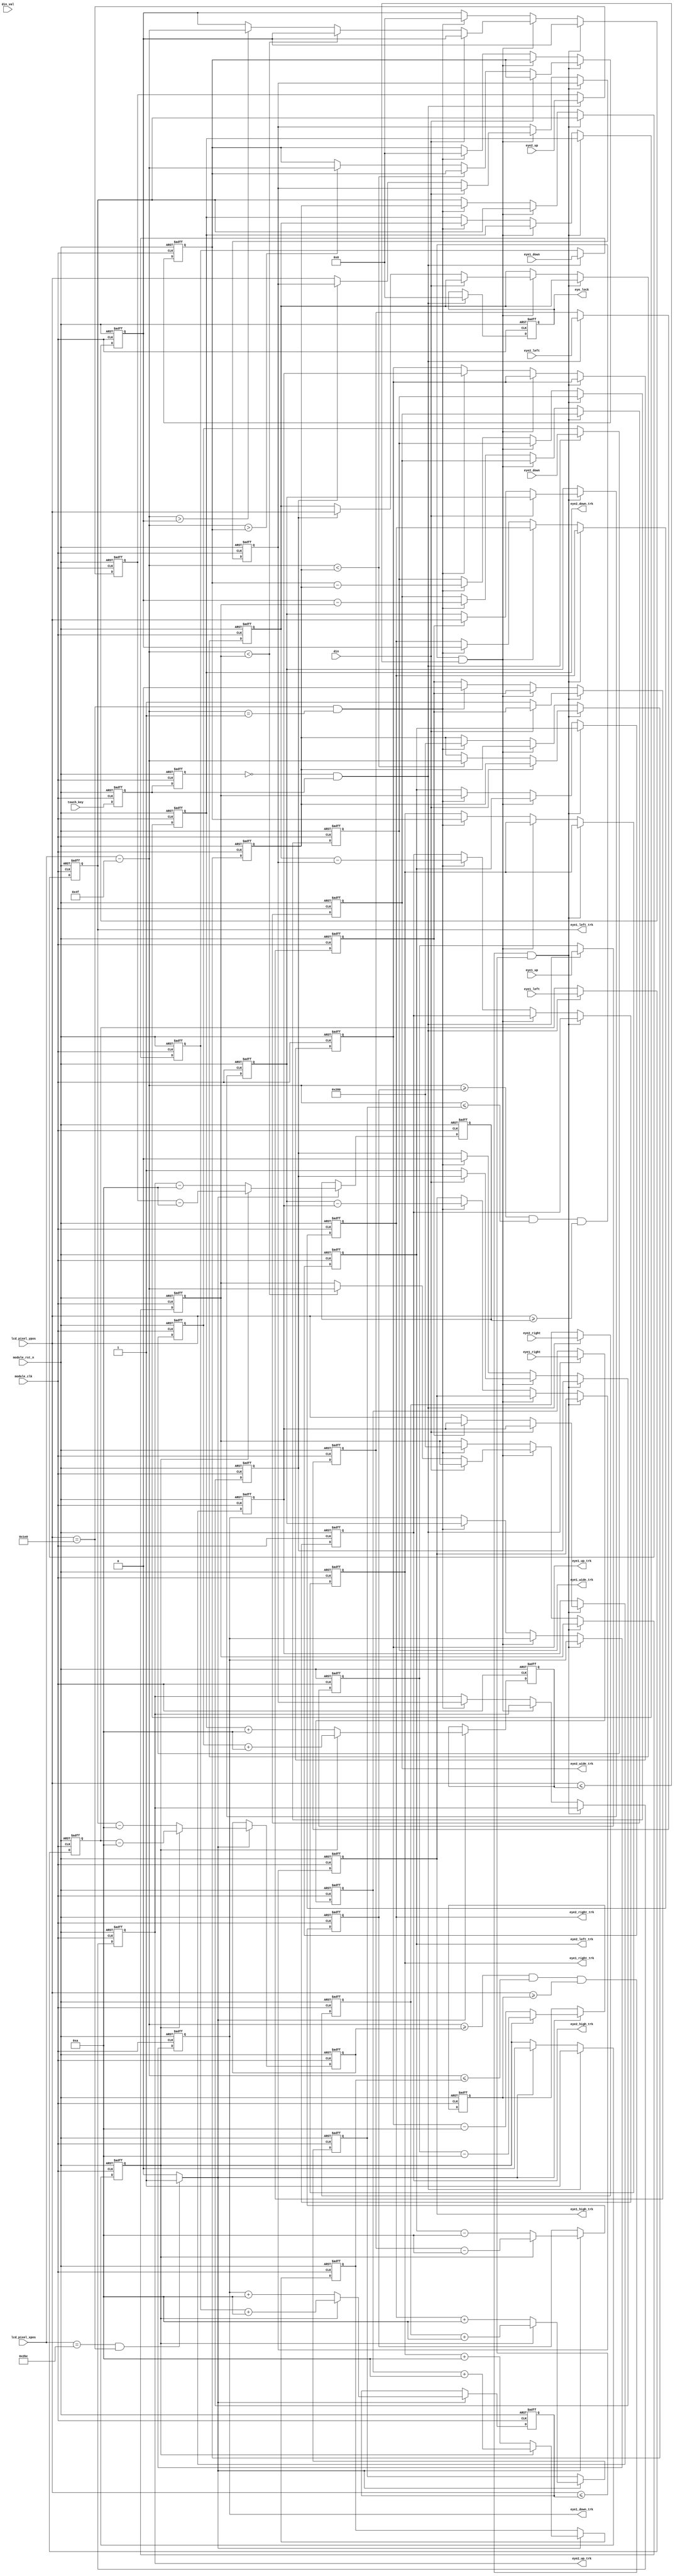
module eye_track(
    input module_clk                ,          //模块工作时钟
    input module_rst_n              ,          //模块复位时钟
    
    input touch_key                 ,          //触摸按键     
    input din_val                   ,          //数据有效信号
    input din                       ,          //输入数据
    
    input [10:0] lcd_pixel_xpos     ,          //像素点在lcd屏幕上的横坐标
    input [10:0] lcd_pixel_ypos     ,          //像素点在lcd屏幕上的纵坐标  

    input  [10:0] eye1_up           ,          //眼睛上边界
    input  [10:0] eye1_down         ,          //眼睛下边界 
    input  [10:0] eye1_left         ,          //眼睛左边界
    input  [10:0] eye1_right        ,          //眼睛左边界

    input  [10:0] eye2_up           ,          //眼睛上边界
    input  [10:0] eye2_down         ,          //眼睛下边界    
    input  [10:0] eye2_left         ,          //眼睛左边界
    input  [10:0] eye2_right        ,          //眼睛左边界
    
    output  reg  [10:0]        eye_lock      ,

    //跟踪结果
    output reg [10:0] eye1_up_trk                   ,          //眼睛上边界
    output reg [10:0] eye1_down_trk                 ,          //眼睛下边界 
    output reg [10:0] eye1_left_trk                 ,          //眼睛左边界
    output reg [10:0] eye1_right_trk                ,          //眼睛左边界

    output reg [10:0] eye2_up_trk                   ,          //眼睛上边界
    output reg [10:0] eye2_down_trk                 ,          //眼睛下边界    
    output reg [10:0] eye2_left_trk                 ,          //眼睛左边界
    output reg [10:0] eye2_right_trk                ,          //眼睛左边界   
    
    output  reg[10:0] eye1_high_trk                ,
    output  reg[10:0] eye2_high_trk                ,  
    output  reg[10:0] eye1_wide_trk                ,
    output  reg[10:0] eye2_wide_trk                
    );
reg             eye1_up_get     ;
reg             eye2_up_get     ;    
    
wire [10:0]      px_x    ;          //像素在显示区域的横坐标
wire [10:0]      px_y    ;           //像素在显示区域的纵坐标

wire   image_end  ;           //一帧结束标志
wire   touch_en;

reg    fisrt_time   ;           //第一次跟踪标志，表示需要使用_first坐标

reg    touch_key_d0;
reg    touch_key_d1;



//起始跟踪坐标
reg [10:0]     eye1_up_trk_first    ;         //眼睛上边界
reg [10:0]   eye1_down_trk_first    ;         //眼睛下边界 
reg [10:0]   eye1_left_trk_first    ;         //眼睛左边界
reg [10:0]  eye1_right_trk_first    ;         //眼睛左边界
reg [10:0]     eye2_up_trk_first    ;         //眼睛上边界
reg [10:0]   eye2_down_trk_first    ;         //眼睛下边界    
reg [10:0]   eye2_left_trk_first    ;         //眼睛左边界
reg [10:0]  eye2_right_trk_first    ;         //眼睛左边界
 
//预测下一帧跟踪坐标
reg [10:0]     eye1_up_trk_next    ;         //眼睛上边界
reg [10:0]   eye1_down_trk_next    ;         //眼睛下边界 
reg [10:0]   eye1_left_trk_next    ;         //眼睛左边界
reg [10:0]  eye1_right_trk_next    ;         //眼睛左边界
reg [10:0]     eye2_up_trk_next    ;         //眼睛上边界
reg [10:0]   eye2_down_trk_next    ;         //眼睛下边界    
reg [10:0]   eye2_left_trk_next    ;         //眼睛左边界
reg [10:0]  eye2_right_trk_next    ;         //眼睛左边界   

//当前帧眼睛跟踪坐标中间值
reg [10:0]     eye1_up_trk_tmp    ;         //眼睛上边界
reg [10:0]   eye1_down_trk_tmp    ;         //眼睛下边界 
reg [10:0]   eye1_left_trk_tmp    ;         //眼睛左边界
reg [10:0]  eye1_right_trk_tmp    ;         //眼睛左边界
reg [10:0]     eye2_up_trk_tmp    ;         //眼睛上边界
reg [10:0]   eye2_down_trk_tmp    ;         //眼睛下边界    
reg [10:0]   eye2_left_trk_tmp    ;         //眼睛左边界
reg [10:0]  eye2_right_trk_tmp    ;         //眼睛左边界

//判断帧起与始
assign image_end = ( lcd_pixel_xpos == 700 && lcd_pixel_ypos == 480 ) ? 1'd1 : 1'd0     ;         

//根据按键信号的上升沿判断按下了按键
assign  touch_en = (~touch_key_d1) & touch_key_d0;

//计算像素在图像中的坐标
assign  px_x = lcd_pixel_xpos - 79  ;
assign  px_y = lcd_pixel_ypos       ;


always @ (posedge module_clk or negedge module_rst_n) begin
    if(module_rst_n == 1'b0) begin
        touch_key_d0 <= 1'b0;
        touch_key_d1 <= 1'b0;
    end
    else begin
        touch_key_d0 <= touch_key;
        touch_key_d1 <= touch_key_d0;
    end 
end


//按键按下，确定起始跟踪坐标
always @ (posedge module_clk or negedge module_rst_n) begin
    if(module_rst_n == 1'b0) begin
                    eye_lock <= 1'b11111111111    ;
           eye1_up_trk_first <= 11'd0   ;
         eye1_down_trk_first <= 11'd0   ;
         eye1_left_trk_first <= 11'd0   ;
        eye1_right_trk_first <= 11'd0   ;
           eye2_up_trk_first <= 11'd0   ;
         eye2_down_trk_first <= 11'd0   ;
         eye2_left_trk_first <= 11'd0   ;
        eye2_right_trk_first <= 11'd0   ; 
                  fisrt_time <= 1'd0    ; 
    end
    else if(touch_en)begin
        eye_lock <= 1'd0    ;
           eye1_up_trk_first <= eye1_up      ;
         eye1_down_trk_first <= eye1_down    ;
         eye1_left_trk_first <= eye1_left    ;
        eye1_right_trk_first <= eye1_right   ;     
           eye2_up_trk_first <= eye2_up      ;
         eye2_down_trk_first <= eye2_down    ;
         eye2_left_trk_first <= eye2_left    ;
        eye2_right_trk_first <= eye2_right   ;
                  fisrt_time <= 1'b1    ; 
    end 
    else if(image_end) begin
        fisrt_time <= 1'b0    ; 
    end
end

always @ (posedge module_clk or negedge module_rst_n) begin
    if(module_rst_n == 1'b0) begin
           eye1_up_trk_next <= 11'd0    ;
         eye1_down_trk_next <= 11'd0    ;
         eye1_left_trk_next <= 11'd0    ;
        eye1_right_trk_next <= 11'd0    ;
           eye2_up_trk_next <= 11'd0    ;
         eye2_down_trk_next <= 11'd0    ;
         eye2_left_trk_next <= 11'd0    ;
        eye2_right_trk_next <= 11'd0    ;
        
    end
    
    //每帧结束时确定下一帧跟踪坐标
    else if(image_end) begin
        if(fisrt_time)begin
               eye1_up_trk_next <=    eye1_up_trk_first - 11'd10    ;
             eye1_down_trk_next <=  eye1_down_trk_first + 11'd10    ;
             eye1_left_trk_next <=  eye1_left_trk_first - 11'd10    ;
            eye1_right_trk_next <= eye1_right_trk_first + 11'd10    ;
               eye2_up_trk_next <=    eye2_up_trk_first - 11'd10    ;
             eye2_down_trk_next <=  eye2_down_trk_first + 11'd10    ;
             eye2_left_trk_next <=  eye2_left_trk_first - 11'd10    ;
            eye2_right_trk_next <= eye2_right_trk_first + 11'd10    ;
        end 
        else if(~fisrt_time)begin
               eye1_up_trk_next <=    eye1_up_trk - 11'd10    ;
             eye1_down_trk_next <=  eye1_down_trk + 11'd10    ;
             eye1_left_trk_next <=  eye1_left_trk - 11'd10    ;
            eye1_right_trk_next <= eye1_right_trk + 11'd10    ;
               eye2_up_trk_next <=    eye2_up_trk - 11'd10    ;
             eye2_down_trk_next <=  eye2_down_trk + 11'd10    ;
             eye2_left_trk_next <=  eye2_left_trk - 11'd10    ;
            eye2_right_trk_next <= eye2_right_trk + 11'd10    ;
        end 
    end
end

//眼睛上下跟踪
always @(posedge module_clk  or negedge module_rst_n) begin
    if( !module_rst_n ) begin
    
           eye1_up_trk <= 11'd0    ;
         eye1_down_trk <= 11'd0    ;

           eye2_up_trk <= 11'd0    ;
         eye2_down_trk <= 11'd0    ;

           eye1_up_trk_tmp <= 11'd0    ;
         eye1_down_trk_tmp <= 11'd0    ;

           eye2_up_trk_tmp <= 11'd0    ;
         eye2_down_trk_tmp <= 11'd0    ;
         
               eye1_up_get <= 1'd0  ;
               eye2_up_get <= 1'd0  ;  
               
             eye1_high_trk <= 11'd0  ;
             eye2_high_trk <= 11'd0  ;  
    end      
    else if( px_x >= eye1_left_trk_next && px_x <= eye1_right_trk_next &&  px_y >= eye1_up_trk_next && px_y <= eye1_down_trk_next) begin 
        if(din == 0) begin
            if(eye1_up_get == 0 ) begin
                eye1_up_trk_tmp <= px_y   ;
                eye1_up_get <= 1'd1  ;
            end
            else if(eye1_up_get ==1 ) begin
                eye1_down_trk_tmp <= px_y   ;
            end
        end
    end      
    
    else if( px_x >= eye2_left_trk_next && px_x <= eye2_right_trk_next &&  px_y >= eye2_up_trk_next && px_y <= eye2_down_trk_next) begin 
        if(din == 0) begin
            if(eye2_up_get == 0 ) begin
                eye2_up_trk_tmp <= px_y   ;
                eye2_up_get <= 1'd1  ;
            end
            else if(eye2_up_get ==1 ) begin
                eye2_down_trk_tmp <= px_y   ;
            end
        end
    end  
    
    else if( px_y == 480 && px_x == 1 ) begin
           eye1_up_trk <= eye1_up_trk_tmp    ;
         eye1_down_trk <= eye1_down_trk_tmp    ;
         eye1_high_trk <= eye1_down_trk_tmp - eye1_up_trk_tmp    ;
        
           eye2_up_trk <= eye2_up_trk_tmp    ;
         eye2_down_trk <= eye2_down_trk_tmp    ;
         eye2_high_trk <= eye2_down_trk_tmp - eye2_up_trk_tmp    ;
               eye1_up_get <= 1'd0  ;
               eye2_up_get <= 1'd0  ;  
    end
end 

//眼睛左右边界跟踪
always @(posedge module_clk  or negedge module_rst_n) begin
    if( !module_rst_n ) begin

         eye1_left_trk <= 11'd640    ;
        eye1_right_trk <= 11'd0    ;

         eye2_left_trk <= 11'd640    ;
        eye2_right_trk <= 11'd0    ;
    
         eye1_left_trk_tmp <= 11'd640    ;
        eye1_right_trk_tmp <= 11'd0    ;

         eye2_left_trk_tmp <= 11'd640    ;
        eye2_right_trk_tmp <= 11'd0    ;
        
        eye1_wide_trk <= 11'd0          ;
        eye2_wide_trk <= 11'd0           ;    
        
    end      
    else if( px_x >= eye1_left_trk_next && px_x <= eye1_right_trk_next &&  px_y >= eye1_up_trk_next && px_y <= eye1_down_trk_next) begin 
        if(din == 0) begin
            if(px_x < eye1_left_trk_tmp ) begin
                eye1_left_trk_tmp <= px_x   ;
            end
            else if(px_x > eye1_right_trk_tmp ) begin
                eye1_right_trk_tmp <= px_x   ;
            end
        end
    end      
    
    else if( px_x >= eye2_left_trk_next && px_x <= eye2_right_trk_next &&  px_y >= eye2_up_trk_next && px_y <= eye2_down_trk_next) begin 
        if(din == 0) begin
            if(px_x < eye2_left_trk_tmp ) begin
                eye2_left_trk_tmp <= px_x   ;
            end
            else if(px_x > eye2_right_trk_tmp ) begin
                eye2_right_trk_tmp <= px_x   ;
            end
        end    
    end  
    
    else if( px_y == 480 && px_x == 1 ) begin
          eye1_left_trk <= eye1_left_trk_tmp    ;
         eye1_right_trk <= eye1_right_trk_tmp    ;
          eye1_wide_trk <= eye1_right_trk_tmp - eye1_left_trk_tmp    ;
         
          eye2_left_trk <= eye2_left_trk_tmp    ;
         eye2_right_trk <= eye2_right_trk_tmp    ;
          eye2_wide_trk <= eye2_right_trk_tmp - eye2_left_trk_tmp    ;
         
        eye1_left_trk_tmp <= 11'd640    ;
        eye1_right_trk_tmp <= 11'd0    ;

         eye2_left_trk_tmp <= 11'd640    ;
        eye2_right_trk_tmp <= 11'd0    ;
        
    end
end 
endmodule